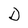
Character: D